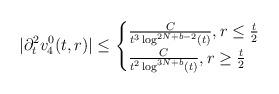
LaTeX: \begin{align*} |\partial_{t}^{2}v_{4}^{0}(t,r)|\leq \begin{cases}\frac{C}{t^{3}\log^{2N+b-2}(t)}, r\leq \frac{t}{2}\\\frac{C}{t^{2}\log^{3N+b}(t)}, r \geq \frac{t}{2}\end{cases}\end{align*}